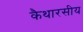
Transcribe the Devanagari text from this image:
कैथारसीय